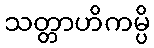
သတ္တာဟိကမ္ပိ